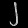
Digit: ၂